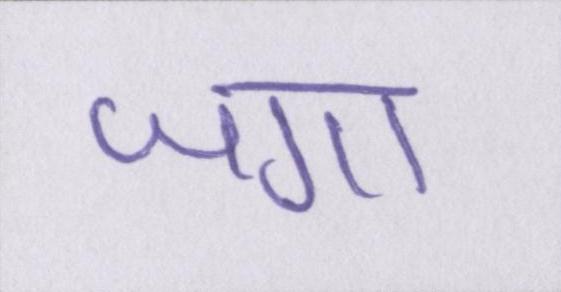
जगा